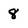
Character: 8